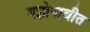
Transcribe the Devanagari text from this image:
यज्ञोपावीत